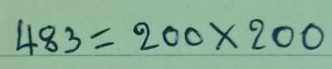
483 = 200 x 200